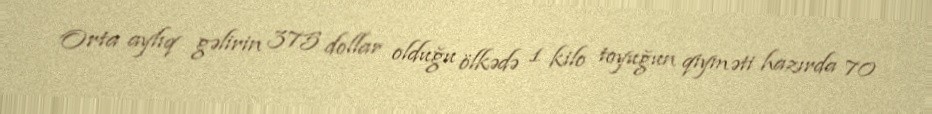
Orta aylıq gəlirin 375 dollar olduğu ölkədə 1 kilo toyuğun qiyməti hazırda 70